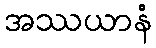
အဿယာနံ